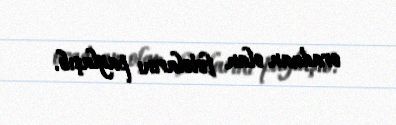
oradaan olan fotolarını paylaşıb.